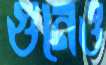
গুনেও